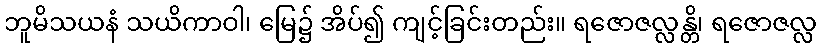
ဘူမိသယနံ သယိကာဝါ၊ မြေ၌ အိပ်၍ ကျင့်ခြင်းတည်း။ ရဇောဇလ္လန္တိ၊ ရဇောဇလ္လ